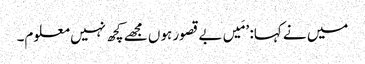
میں نے کہا: ’مَیں بے قصور ہوں مجھے کچھ نہیں معلوم۔